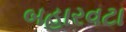
બહારવટા